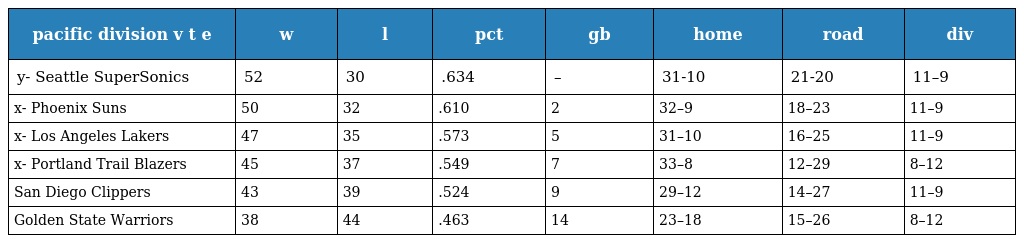
| pacific division v t e | w | l | pct | gb | home | road | div |
 | --- | --- | --- | --- | --- | --- | --- | --- |
 | y- Seattle SuperSonics | 52 | 30 | .634 | – | 31-10 | 21-20 | 11–9 |
 | x- Phoenix Suns | 50 | 32 | .610 | 2 | 32–9 | 18–23 | 11–9 |
 | x- Los Angeles Lakers | 47 | 35 | .573 | 5 | 31–10 | 16–25 | 11–9 |
 | x- Portland Trail Blazers | 45 | 37 | .549 | 7 | 33–8 | 12–29 | 8–12 |
 | San Diego Clippers | 43 | 39 | .524 | 9 | 29–12 | 14–27 | 11–9 |
 | Golden State Warriors | 38 | 44 | .463 | 14 | 23–18 | 15–26 | 8–12 |